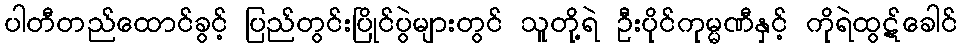
ပါတီတည်ထောင်ခွင့် ပြည်တွင်းပြိုင်ပွဲများတွင် သူတို့ရဲ ဦးပိုင်ကုမ္မဏီနှင့် ကိုရဲထွဋ်ခေါင်